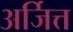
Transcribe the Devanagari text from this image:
अर्जित्त